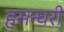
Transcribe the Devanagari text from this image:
हसन्घरी